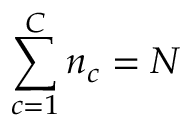
\sum _ { c = 1 } ^ { C } n _ { c } = N